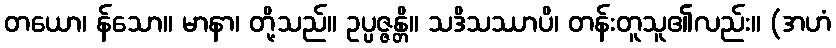
တယော၊ န်သော။ မာနာ၊ တို့သည်။ ဥပ္ပဇ္ဇန္တိ။ သဒိသဿာပိ၊ တန်းတူသူ၏လည်း။ (အဟံ